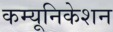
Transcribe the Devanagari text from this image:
कम्‍यूनिकेशन